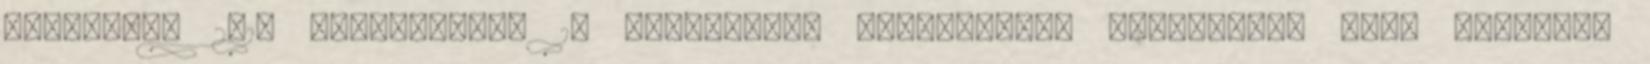
Számokban 2010 Németország 10 legnagyobb biztosítási konszernje közé tartozik